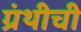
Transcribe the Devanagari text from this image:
ग्रंथीची